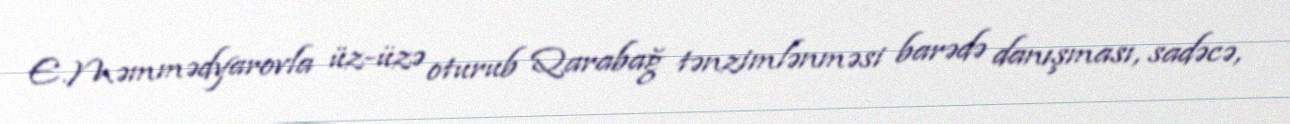
E.Məmmədyarovla üz-üzə oturub Qarabağ tənzimlənməsi barədə danışması, sadəcə,